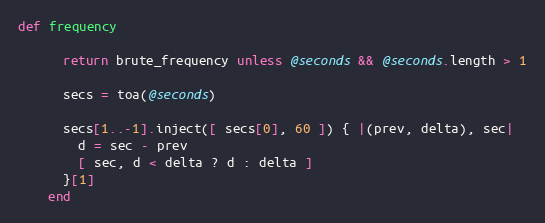
Language: Ruby
def frequency

      return brute_frequency unless @seconds && @seconds.length > 1

      secs = toa(@seconds)

      secs[1..-1].inject([ secs[0], 60 ]) { |(prev, delta), sec|
        d = sec - prev
        [ sec, d < delta ? d : delta ]
      }[1]
    end